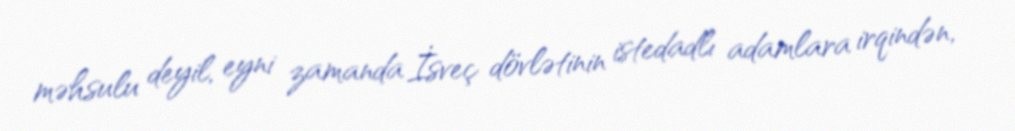
məhsulu deyil, eyni zamanda İsveç dövlətinin istedadlı adamlara irqindən,